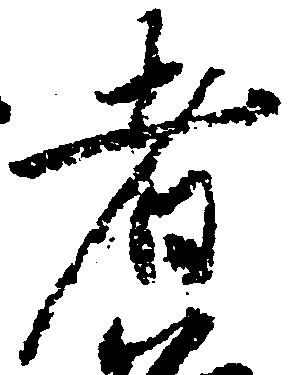
者